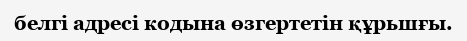
белгі адресі кодына өзгертетін құрьшғы.